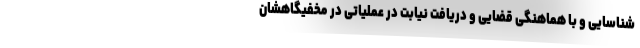
شناسایی و با هماهنگی قضایی و دریافت نیابت در عملیاتی در مخفیگاهشان